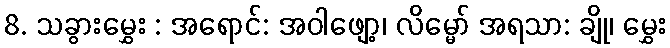
8. သခွားမွှေး : အရောင်: အဝါဖျော့၊ လိမ္မော် အရသာ: ချို၊ မွှေး